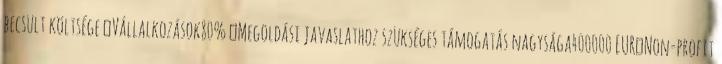
becsült költsége ▪Vállalkozások80% ▪Megoldási javaslathoz szükséges támogatás nagysága400000 EUR▪Non-profit